Lunatic asylums Punjab 1911-1921 - 1911-1921
Year: 1911
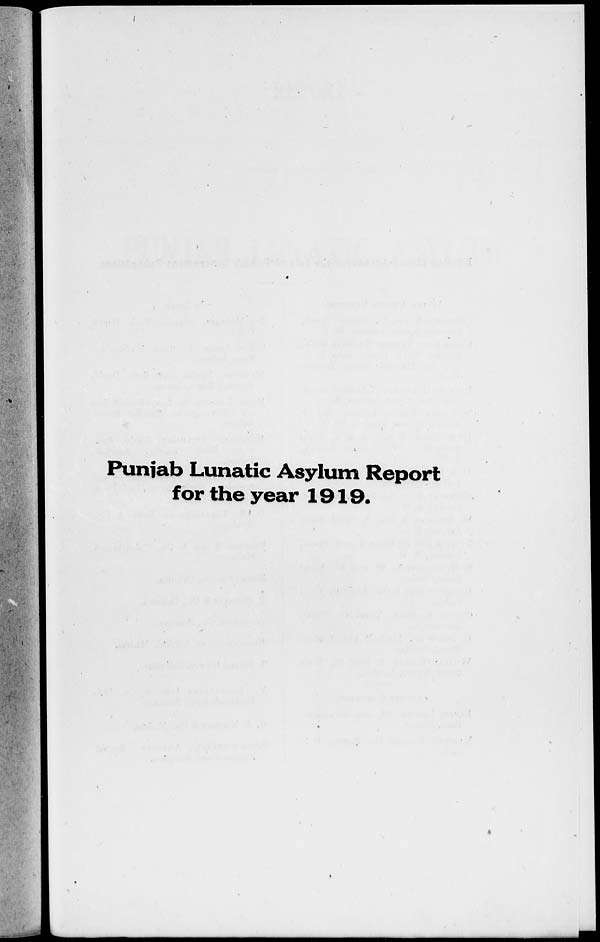
Punjab Lunatic Asylum Report
for the year 1919.